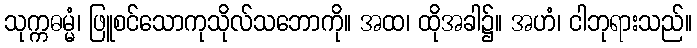
သုက္ကဓမ္မံ၊ ဖြူစင်သောကုသိုလ်သဘောကို။ အထ၊ ထိုအခါ၌။ အဟံ၊ ငါဘုရားသည်။